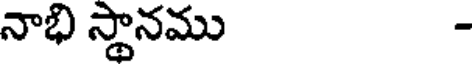
నాభి స్థానము -